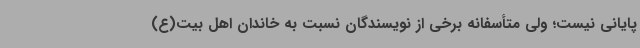
پایانی نیست؛ ولی متأسفانه برخی از نویسندگان نسبت به خاندان اهل بیت(ع)